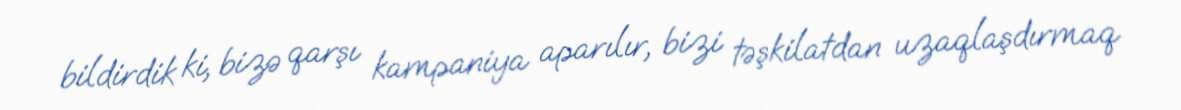
bildirdik ki, bizə qarşı kampaniya aparılır, bizi təşkilatdan uzaqlaşdırmaq